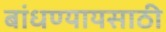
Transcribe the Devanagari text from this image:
बांधण्यायसाठी